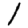
Digit: 1